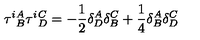
\tau ^ { i } { } _ { B } ^ { A } \tau ^ { i } { } _ { D } ^ { C } = - { \frac { 1 } { 2 } } \delta _ { D } ^ { A } \delta _ { B } ^ { C } + { \frac { 1 } { 4 } } \delta _ { B } ^ { A } \delta _ { D } ^ { C }